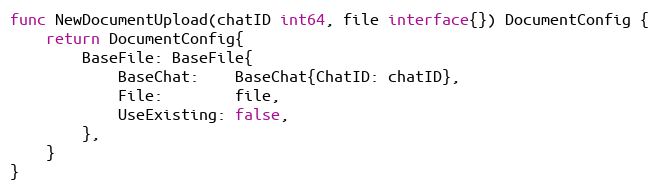
Language: Go
func NewDocumentUpload(chatID int64, file interface{}) DocumentConfig {
	return DocumentConfig{
		BaseFile: BaseFile{
			BaseChat:    BaseChat{ChatID: chatID},
			File:        file,
			UseExisting: false,
		},
	}
}